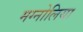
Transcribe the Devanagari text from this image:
मग्नोलिया